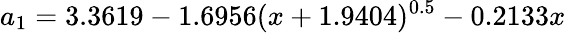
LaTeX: a_{1}=3.3619-1.6956(x+1.9404)^{0.5}-0.2133x